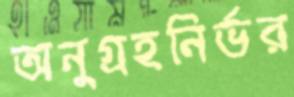
অনুগ্রহনির্ভর